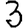
Digit: 3